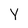
Character: Y